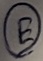
Text: E